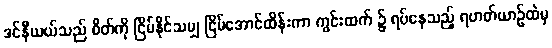
ဒင်နီယယ်သည် စိတ်ကို ငြိမ်နိုင်သမျှ ငြိမ်အောင်ထိန်းကာ ကွင်းထက် ၌ ရပ်နေသည့် ရဟတ်ယာဉ်ထဲမှ